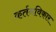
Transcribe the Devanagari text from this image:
कर्तनविकार